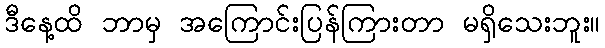
ဒီနေ့ထိ ဘာမှ အကြောင်းပြန်ကြားတာ မရှိသေးဘူး။